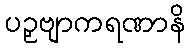
ပဉှဗျာကရဏာနိ